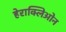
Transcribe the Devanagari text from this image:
हेराक्लिओन